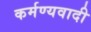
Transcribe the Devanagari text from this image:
कर्मण्यवादी